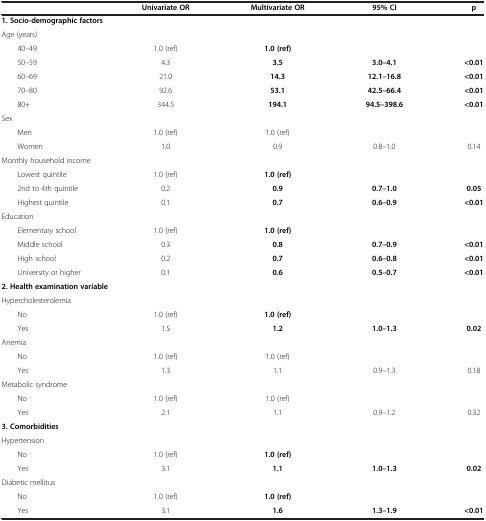
<table><thead><tr><td><b> </b></td><td><b>Univariate OR</b></td><td><b>Multivariate OR</b></td><td><b>95% CI</b></td><td><b>p</b></td></tr></thead><tbody><tr><td colspan="5"><b>1. Socio-demographic factors</b></td></tr><tr><td>Age (years)</td><td> </td><td> </td><td> </td><td> </td></tr><tr><td>40–49</td><td>1.0 (ref)</td><td><b>1.0 (ref)</b></td><td> </td><td> </td></tr><tr><td>50–59</td><td>4.3</td><td><b>3.5</b></td><td><b>3.0–4.1</b></td><td><b>&lt;0.01</b></td></tr><tr><td>60–69</td><td>21.0</td><td><b>14.3</b></td><td><b>12.1–16.8</b></td><td><b>&lt;0.01</b></td></tr><tr><td>70–80</td><td>92.6</td><td><b>53.1</b></td><td><b>42.5–66.4</b></td><td><b>&lt;0.01</b></td></tr><tr><td>80+</td><td>344.5</td><td><b>194.1</b></td><td><b>94.5–398.6</b></td><td><b>&lt;0.01</b></td></tr><tr><td>Sex</td><td> </td><td> </td><td> </td><td> </td></tr><tr><td>Men</td><td>1.0 (ref)</td><td>1.0 (ref)</td><td> </td><td> </td></tr><tr><td>Women</td><td>1.0</td><td>0.9</td><td>0.8–1.0</td><td>0.14</td></tr><tr><td colspan="2">Monthly household income</td><td> </td><td> </td><td> </td></tr><tr><td>Lowest quintile</td><td>1.0 (ref)</td><td><b>1.0 (ref)</b></td><td> </td><td> </td></tr><tr><td>2nd to 4th quintile</td><td>0.2</td><td><b>0.9</b></td><td><b>0.7–1.0</b></td><td><b>0.05</b></td></tr><tr><td>Highest quintile</td><td>0.1</td><td><b>0.7</b></td><td><b>0.6–0.9</b></td><td><b>&lt;0.01</b></td></tr><tr><td>Education</td><td> </td><td> </td><td> </td><td> </td></tr><tr><td>Elementary school</td><td>1.0 (ref)</td><td><b>1.0 (ref)</b></td><td> </td><td> </td></tr><tr><td>Middle school</td><td>0.3</td><td><b>0.8</b></td><td><b>0.7–0.9</b></td><td><b>&lt;0.01</b></td></tr><tr><td>High school</td><td>0.2</td><td><b>0.7</b></td><td><b>0.6–0.8</b></td><td><b>&lt;0.01</b></td></tr><tr><td>University or higher</td><td>0.1</td><td><b>0.6</b></td><td><b>0.5–0.7</b></td><td><b>&lt;0.01</b></td></tr><tr><td colspan="5"><b>2. Health examination variable</b></td></tr><tr><td>Hypercholesterolemia</td><td> </td><td> </td><td> </td><td> </td></tr><tr><td>No</td><td>1.0 (ref)</td><td><b>1.0 (ref)</b></td><td> </td><td> </td></tr><tr><td>Yes</td><td>1.5</td><td><b>1.2</b></td><td><b>1.0–1.3</b></td><td><b>0.02</b></td></tr><tr><td>Anemia</td><td> </td><td> </td><td> </td><td> </td></tr><tr><td>No</td><td>1.0 (ref)</td><td>1.0 (ref)</td><td> </td><td> </td></tr><tr><td>Yes</td><td>1.3</td><td>1.1</td><td>0.9–1.3</td><td>0.18</td></tr><tr><td>Metabolic syndrome</td><td> </td><td> </td><td> </td><td> </td></tr><tr><td>No</td><td>1.0 (ref)</td><td>1.0 (ref)</td><td> </td><td> </td></tr><tr><td>Yes</td><td>2.1</td><td>1.1</td><td>0.9–1.2</td><td>0.32</td></tr><tr><td colspan="5"><b>3. Comorbidities</b></td></tr><tr><td>Hypertension</td><td> </td><td> </td><td> </td><td> </td></tr><tr><td>No</td><td>1.0 (ref)</td><td><b>1.0 (ref)</b></td><td> </td><td> </td></tr><tr><td>Yes</td><td>3.1</td><td><b>1.1</b></td><td><b>1.0–1.3</b></td><td><b>0.02</b></td></tr><tr><td>Diabetic mellitus</td><td> </td><td> </td><td> </td><td> </td></tr><tr><td>No</td><td>1.0 (ref)</td><td><b>1.0 (ref)</b></td><td> </td><td> </td></tr><tr><td>Yes</td><td>3.1</td><td><b>1.6</b></td><td><b>1.3–1.9</b></td><td><b>&lt;0.01</b></td></tr></tbody></table>